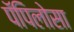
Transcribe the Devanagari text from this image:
पॅपिलोसा